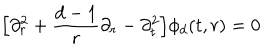
LaTeX: \Big [ \partial _ { r } ^ { 2 } + \frac { d - 1 } { r } \partial _ { r } - \partial _ { t } ^ { 2 } \Big ] \phi _ { d } ( t , r ) = 0